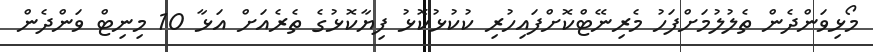
މޯޅިވަންދެން ތެލުލުމަށްފަހު މެރިނޭޓްކޮށްފައިހުރި ކުކުޅުކޮޅު ފިޔާކޮޅުގެ ތެރެއަށް އަޅާ 10 މިނިޓް ވަންދެން